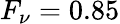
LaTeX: F_{\nu}=0.85